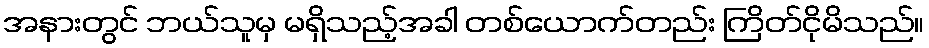
အနားတွင် ဘယ်သူမှ မရှိသည့်အခါ တစ်ယောက်တည်း ကြိတ်ငိုမိသည်။